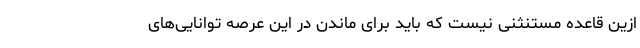
ازین قاعده مستنثنی نیست که باید برای ماندن در این عرصه توانایی‌های